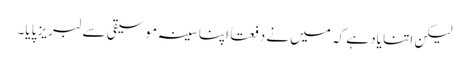
لیکن اتنا یاد ہے کہ میں نے دفعتاً اپنا سینہ موسیقی سے لبریز پایا۔